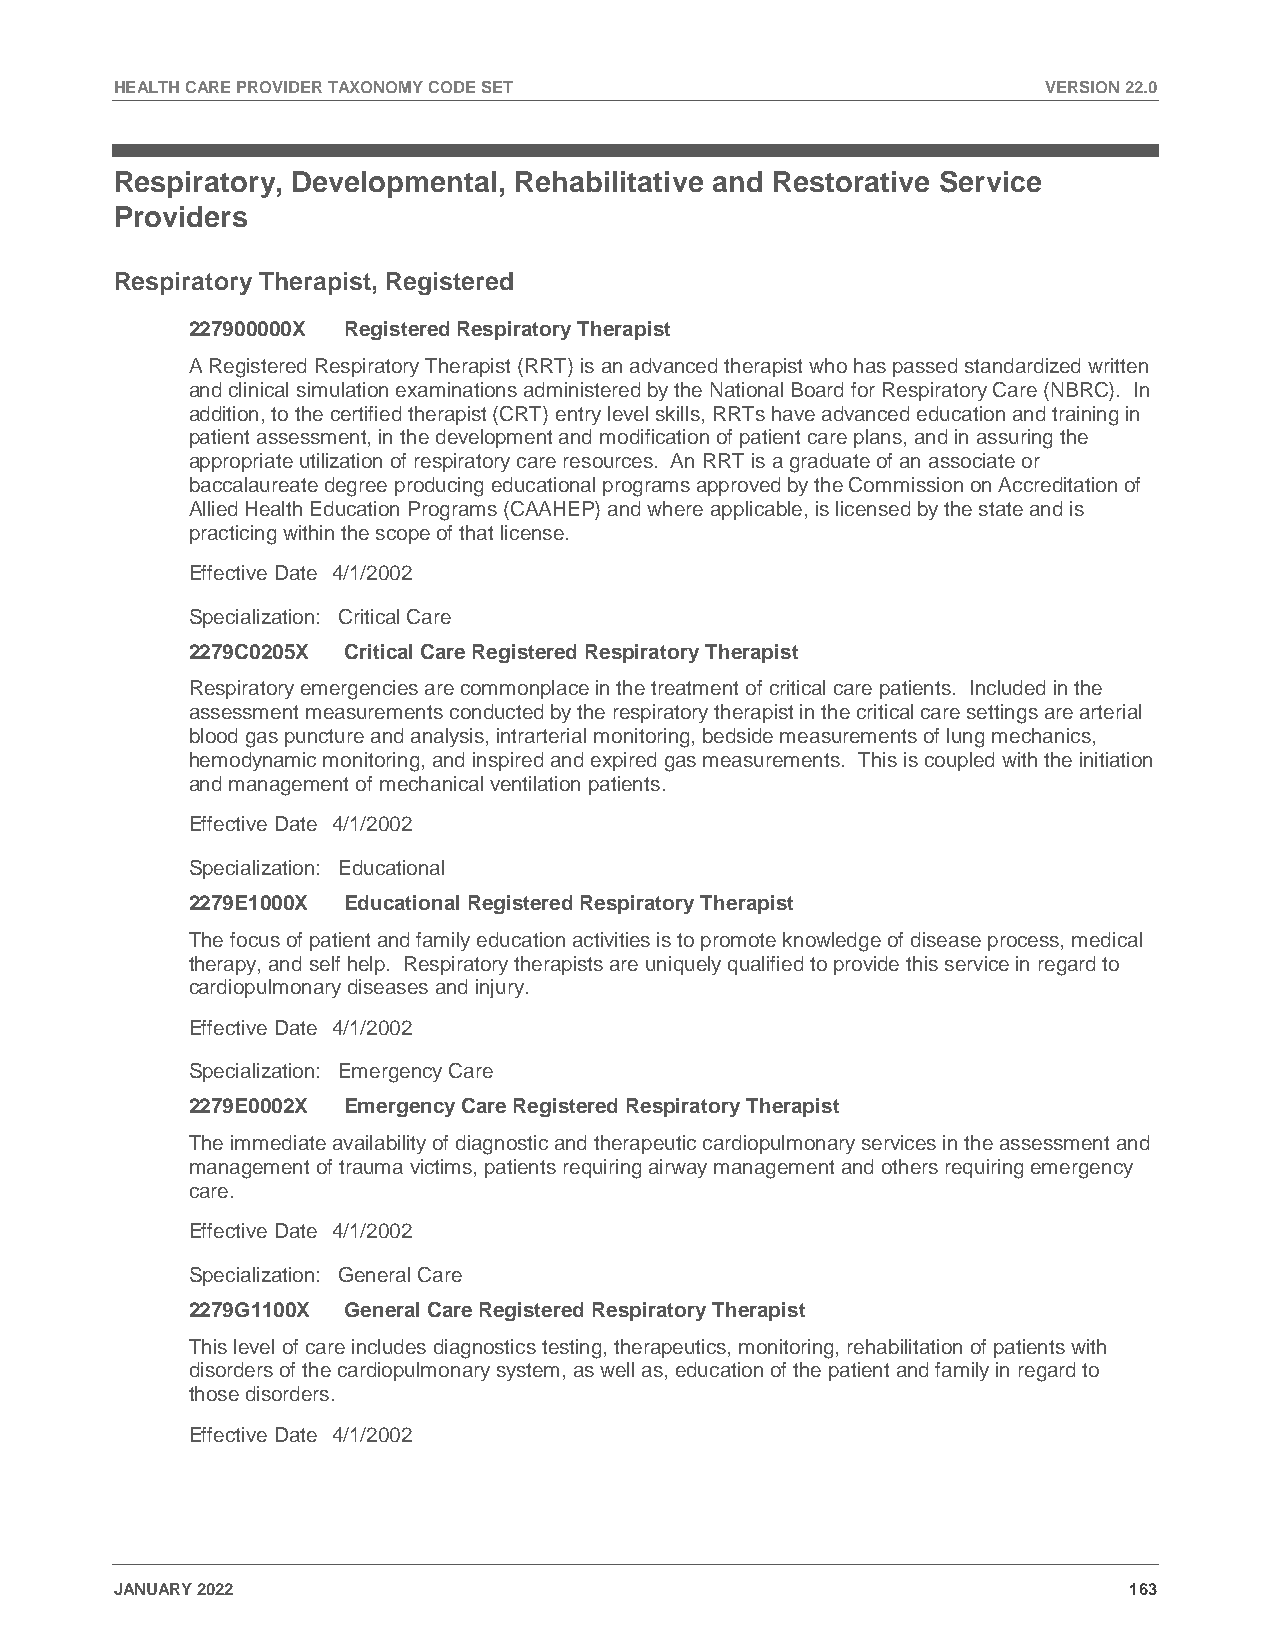
HEALTH CARE PROVIDER TAXONOMY CODE SET                       VERSION 22.0
 Respiratory, Developmental, Rehabilitative and Restorative Service
 Providers
 Respiratory Therapist, Registered
 227900000X Registered Respiratory Therapist
 A Registered Respiratory Therapist (RRT) is an advanced therapist who has passed standardized written
 and clinical simulation examinations administered by the National Board for Respiratory Care (NBRC). In
 addition, to the certified therapist (CRT) entry level skills, RRTs have advanced education and training in
 patient assessment, in the development and modification of patient care plans, and in assuring the
 appropriate utilization of respiratory care resources. An RRT is a graduate of an associate or
 baccalaureate degree producing educational programs approved by the Commission on Accreditation of
 Allied Health Education Programs (CAAHEP) and where applicable, is licensed by the state and is
 practicing within the scope of that license.
 Effective Date 4/1/2002
 Specialization: Critical Care
 2279C0205X Critical Care Registered Respiratory Therapist
 Respiratory emergencies are commonplace in the treatment of critical care patients. Included in the
 assessment measurements conducted by the respiratory therapist in the critical care settings are arterial
 blood gas puncture and analysis, intrarterial monitoring, bedside measurements of lung mechanics,
 hemodynamic monitoring, and inspired and expired gas measurements. This is coupled with the initiation
 and management of mechanical ventilation patients.
 Effective Date 4/1/2002
 Specialization: Educational
 2279E1000X Educational Registered Respiratory Therapist
 The focus of patient and family education activities is to promote knowledge of disease process, medical
 therapy, and self help. Respiratory therapists are uniquely qualified to provide this service in regard to
 cardiopulmonary diseases and injury.
 Effective Date 4/1/2002
 Specialization: Emergency Care
 2279E0002X Emergency Care Registered Respiratory Therapist
 The immediate availability of diagnostic and therapeutic cardiopulmonary services in the assessment and
 management of trauma victims, patients requiring airway management and others requiring emergency
 care.
 Effective Date 4/1/2002
 Specialization: General Care
 2279G1100X General Care Registered Respiratory Therapist
 This level of care includes diagnostics testing, therapeutics, monitoring, rehabilitation of patients with
 disorders of the cardiopulmonary system, as well as, education of the patient and family in regard to
 those disorders.
 Effective Date 4/1/2002
 JANUARY 2022                                                       163